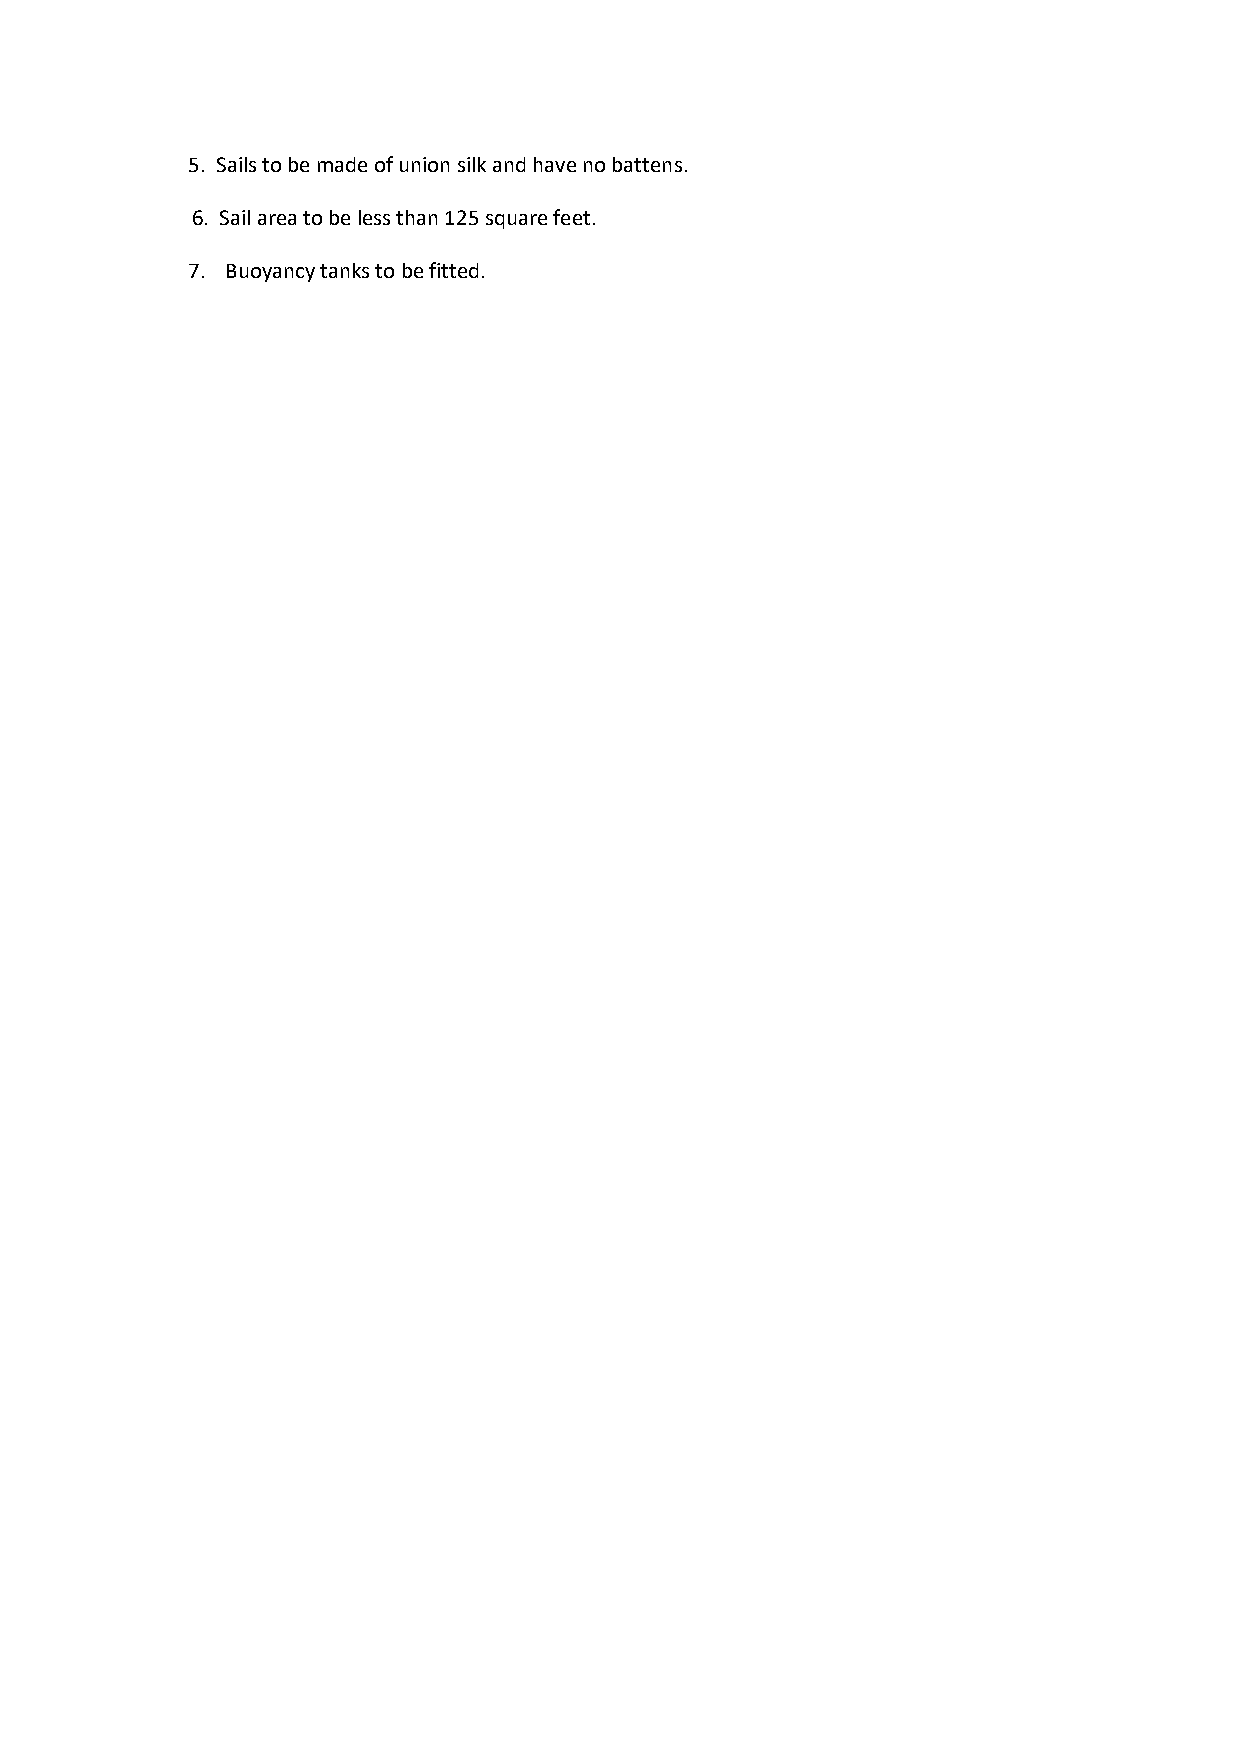
5. Sails to be made of union silk and have no battens.
 6. Sail area to be less than 125 square feet.
 7. Buoyancy tanks to be fitted.